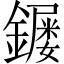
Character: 𮣌